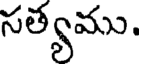
సత్యము.